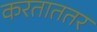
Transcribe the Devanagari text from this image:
करताततर